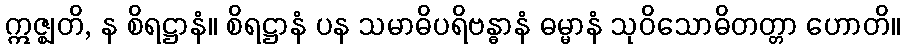
ဣဇ္ဈတိ, န စိရဋ္ဌာနံ။ စိရဋ္ဌာနံ ပန သမာဓိပရိဗန္ဓာနံ ဓမ္မာနံ သုဝိသောဓိတတ္တာ ဟောတိ။